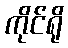
ကိုင်ရို